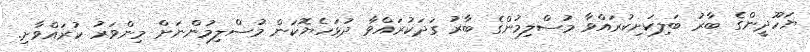
ޔަހޫދީންގެ ބާރު ބަލިކަށިކުރައްވާ މުސްލިމުންގެ ބާރު ގަދަކުރައްވާ ދުޅަހެޔޮކަން މުސްލިމުންނަށް މިންވަރު ކުރައްވާށި.